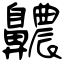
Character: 齈